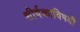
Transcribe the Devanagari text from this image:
शीर्षकाविषयी